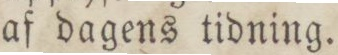
af dagens tidning.